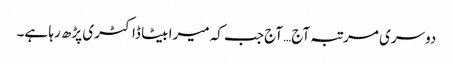
دوسری مرتبہ آج… آج جب کہ میرا بیٹا ڈاکٹری پڑھ رہا ہے۔